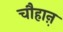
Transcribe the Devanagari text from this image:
चौहाऩ़